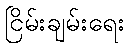
ငြိမ်းချမ်းရေး